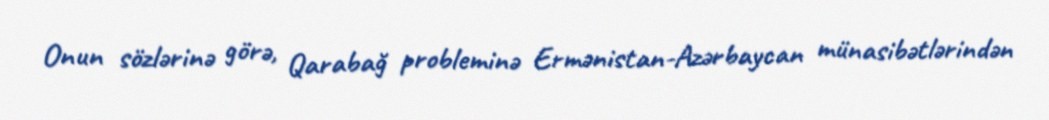
Onun sözlərinə görə, Qarabağ probleminə Ermənistan-Azərbaycan münasibətlərindən